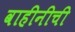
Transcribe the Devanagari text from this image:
वाहीनीची